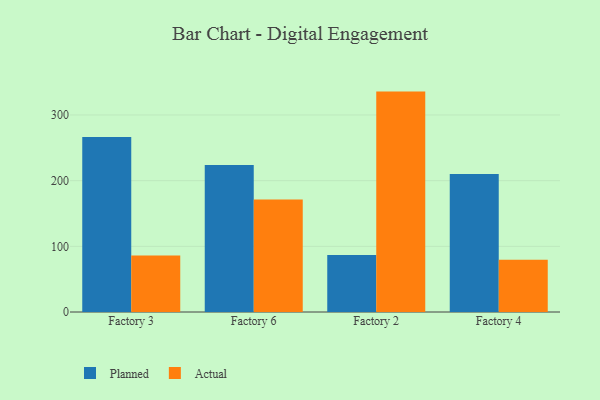
{"axis": {"x": "Factory", "y": "Active Users"}, "legend": ["Actual", "Planned"], "data": [{"x": "Factory 3", "y": 266.3, "type": "Planned"}, {"x": "Factory 3", "y": 86.2, "type": "Actual"}, {"x": "Factory 6", "y": 223.7, "type": "Planned"}, {"x": "Factory 6", "y": 171.3, "type": "Actual"}, {"x": "Factory 2", "y": 86.9, "type": "Planned"}, {"x": "Factory 2", "y": 335.6, "type": "Actual"}, {"x": "Factory 4", "y": 210.2, "type": "Planned"}, {"x": "Factory 4", "y": 79.6, "type": "Actual"}]}